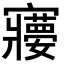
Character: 𡫽